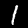
Label: 1